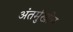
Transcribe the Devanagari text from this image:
अंतर्मुखीय